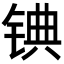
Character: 𬭓